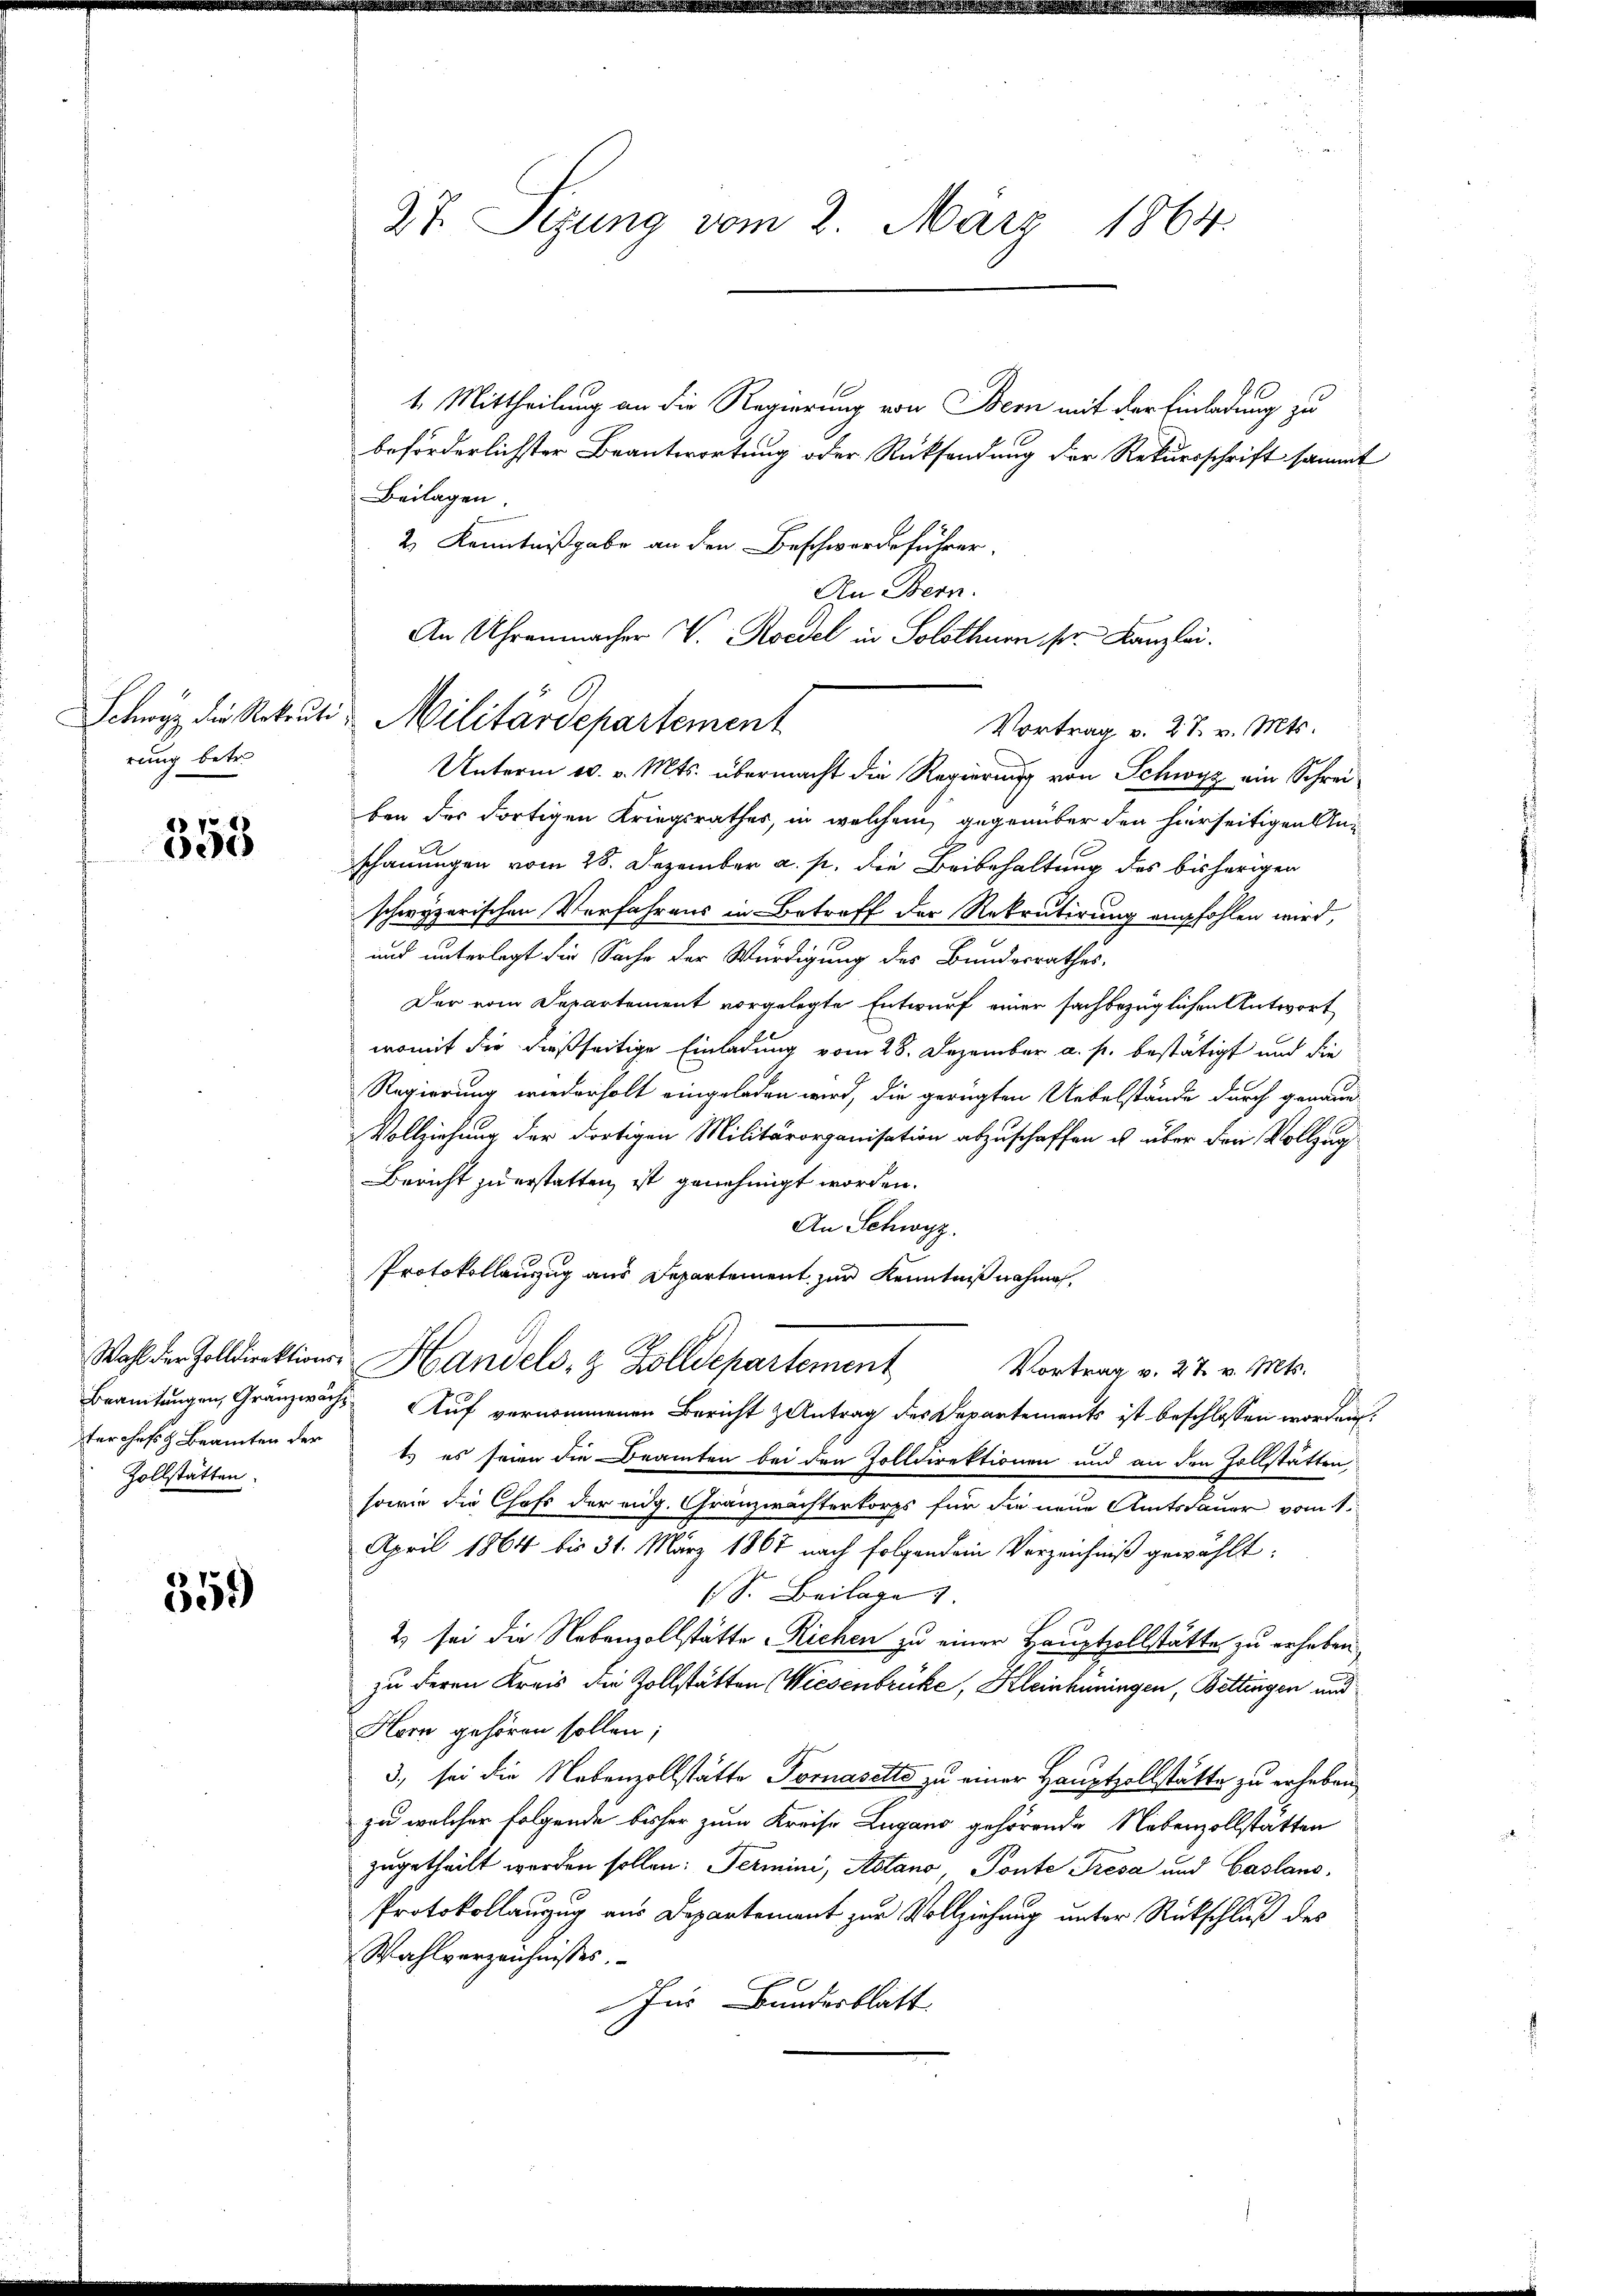
Schwyz die Rekrute
rung betr.

358

Zollstätten.

359

27. Sizung vom 2. März 1864.

1. Mittheilung an die Regierung von Bern mit der Einladung zu
beförderlichster Beantwortung oder Rücksendung der Rekursschrift sammt
Beilagen.
2.) Kenntnißgabe an den Beschwerdeführer.
An Bern.
An Uhrenmacher V. Roedel in Solothurn ser Kanzlei.
Vortrag v. 27. v. Mts.
Unterm 10. v. Mts. übermacht die Regierung von Schwyz ein Schreiben des dortigen Kriegsrathes, in welchem gegenüber den hierseitigen Anschauungen vom 28. Dezember a. p. die Beibehaltung des bisherigen
schwyzerischen Verfahrens in Betreff der Rekrutirung empfohlen wird,
und unterlegt die Sache der Würdigung des Bundesrathes,
Der vom Departement vorgelegte Entwurf einer sachbezüglichen Antwort
womit die dießseitige Einladung vom 28. Dezember a. p. bestätigt und die
Regierung wiederholt eingeladen wird, die gerügten Uebelstände durch genaue
Vollziehung der dortigen Militärorganisation abzuschaffen ist über den Vollzug
Bericht zu erstatten, ist genehmigt worden.
An Schwyz.
Protokollauszug aus Departement zur Kenntnißnahmen.
Wahl der Zolldirektions- Handels- & Zolldepartement
Vortrag v. 27. v. Mts.
Beamtungen, Granzwachs Auf vernommenen Bericht Antrag des Departements ist beschlossen worden.
terchefs Beamten der 1. es seien die Beamten bei den Zolldirektionen und an den Zollstätten,
sowie die Chofs der eidg. Gränzwächterkorps für die neue Amtsdauer vom 1.
April 1864 bis 31. März 1867 nach folgendem Verzeichniß gewählt:
(S. Beilage 1
2) sei die Nebenzollstätte Richen zu einer Hauptzollstätte zu erheben
zu deren Kreis die Zollstätten Wiesenbrücke, Kleinhuningen, Bettingen und
Horn gehören sollen;
3., sei die Nebenzollstätte Tomasette zu einer Hauptzollstätte zu erheben.
zu welcher folgende bisher zum Kreise Lugano gehörende Nebenzollstätten
zugetheilt werden sollen: Termini, Astano, Ponte Tresa und Caslans,
Protokollanzug aus Departement zur Vollziehung unter Rückschluß des
Wahlverzeichnisses.
Ins Bundesblatt

Militärdepartement